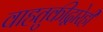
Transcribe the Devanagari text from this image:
वाहतुकीद्वारेही